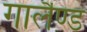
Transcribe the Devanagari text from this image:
गार्लैण्ड